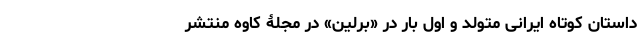
داستان کوتاه ایرانی متولد و اول بار در «برلین» در مجلۀ کاوه منتشر